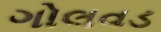
ગોલવડ